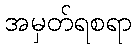
အမှတ်ရစရာ